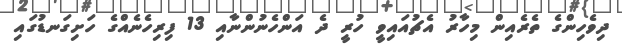
ދިވެހިންގެ ތެރެއިން މިހާރު އެޗުއައިވީ ހުރީ ދެ އަންހެނުންނާއި 13 ފިރިހެނެއްގެ ހަށިގަނޑުގައި